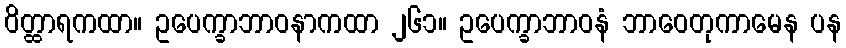
ဝိတ္ထာရကထာ။ ဥပေက္ခာဘာဝနာကထာ ၂၆၁။ ဥပေက္ခာဘာဝနံ ဘာဝေတုကာမေန ပန